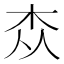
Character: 𮲭